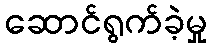
ဆောင်ရွက်ခဲ့မှု